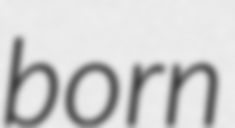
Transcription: born